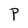
Character: P